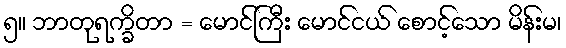
၅။ ဘာတုရက္ခိတာ = မောင်ကြီး မောင်ငယ် စောင့်သော မိန်းမ၊